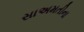
સાઅમતીના